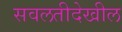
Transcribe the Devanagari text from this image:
सवलतीदेखील